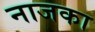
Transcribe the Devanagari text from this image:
नाजका